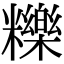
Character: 𥽗